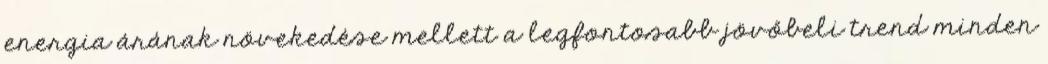
energia árának növekedése mellett a legfontosabb jövőbeli trend minden